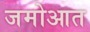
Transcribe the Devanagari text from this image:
जमोआत